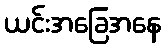
ယင်းအခြေအနေ